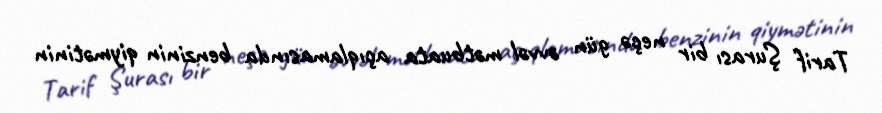
Tarif Şurası bir neçə gün əvvəl mətbuata açıqlamasında benzinin qiymətinin